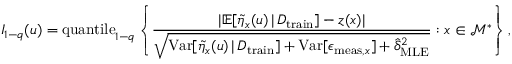
I _ { 1 - q } ( u ) = \mathrm { q u a n t i l e } _ { 1 - q } \left\{ \frac { \lvert \mathbb { E } [ \Tilde { \eta } _ { x } ( u ) \, \vert \, D _ { \mathrm { t r a i n } } ] - z ( x ) \rvert } { \sqrt { \mathrm { V a r } [ \Tilde { \eta } _ { x } ( u ) \, \vert \, D _ { \mathrm { t r a i n } } ] + \mathrm { V a r } [ \epsilon _ { \mathrm { m e a s } , x } ] + \hat { \delta } _ { \mathrm { M L E } } ^ { 2 } } } : x \in \mathcal { M } ^ { * } \right\} ,